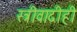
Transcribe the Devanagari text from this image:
स्त्रीवादीही